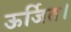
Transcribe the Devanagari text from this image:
ऊर्जित।